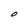
Character: O